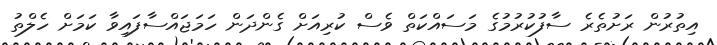
އިތުރުން ރަށުތެރެ ސާފުކުރުމުގެ މަސައްކަތް ވެސް ކުރިއަށް ގެންދަން ހަމަޖައްސާފައިވާ ކަމަށް ހެލްތު